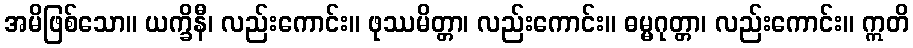
အမိဖြစ်သော။ ယက္ခိနီ၊ လည်းကောင်း။ ဖုဿမိတ္တာ၊ လည်းကောင်း။ ဓမ္မဂုတ္တာ၊ လည်းကောင်း။ ဣတိ